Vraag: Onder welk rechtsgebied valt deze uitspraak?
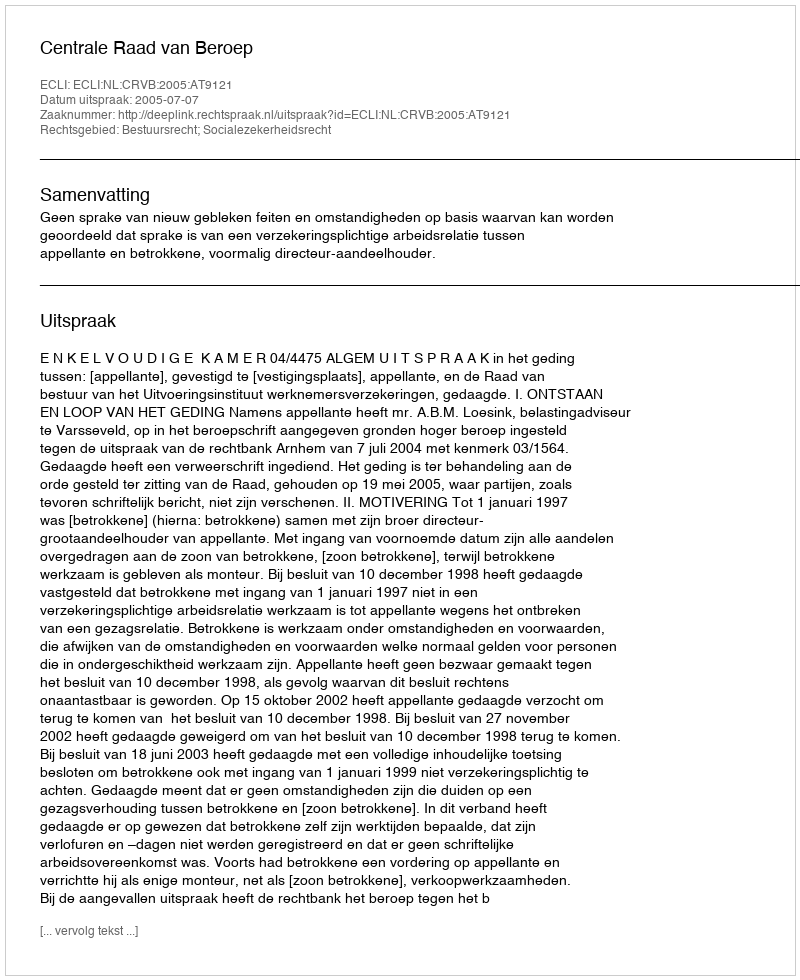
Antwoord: Bestuursrecht; Socialezekerheidsrecht